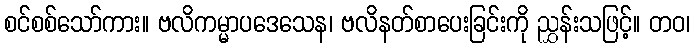
စင်စစ်သော်ကား။ ဗလိကမ္မာပဒေသေန၊ ဗလိနတ်စာပေးခြင်းကို ညွှန်းသဖြင့်။ တဝ၊